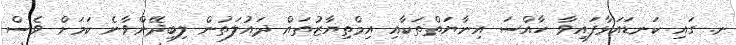
ނ. ގައި ކަނޑައަޅާފައިވާ ހާއްސަ އިނާޔަތްތަކާއި އިމްތިޔާޒުތައް ދައުލަތުން ލިބިދޭންވާނެ ކަމަށް ވެސް